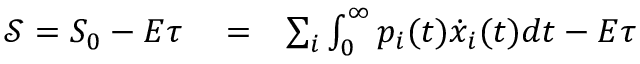
\begin{array} { r l r } { \mathcal { S } = S _ { 0 } - E \tau } & { { } = } & { \sum _ { i } \int _ { 0 } ^ { \infty } p _ { i } ( t ) \dot { x } _ { i } ( t ) d t - E \tau } \end{array}